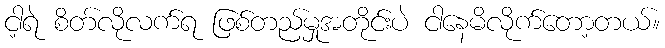
ငါ့ရဲ စိတ်လိုလက်ရ ဖြစ်တည်မှုအတိုင်းပဲ ငါနေမိလိုက်တော့တယ်။